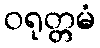
ဝရုတ္တမံ